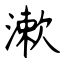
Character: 漱